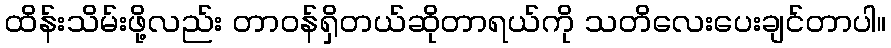
ထိန်းသိမ်းဖို့လည်း တာဝန်ရှိတယ်ဆိုတာရယ်ကို သတိလေးပေးချင်တာပါ။